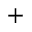
^ +